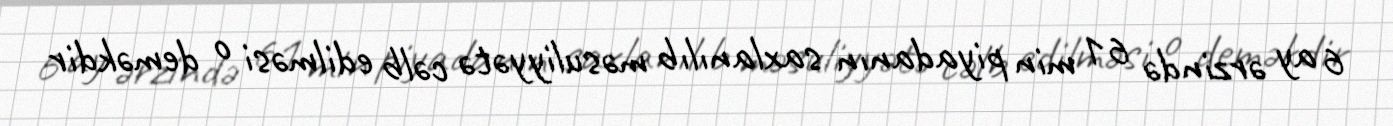
6 ay ərzində 61 min piyadanın saxlanılıb məsuliyyətə cəlb edilməsi o deməkdir